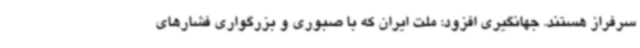
سرفراز هستند. جهانگیری افزود: ملت ایران که با صبوری و بزرگواری فشارهای